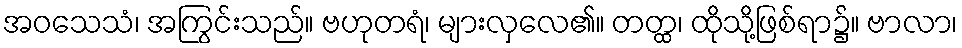
အဝသေသံ၊ အကြွင်းသည်။ ဗဟုတရံ၊ များလှလေ၏။ တတ္ထ၊ ထိုသို့ဖြစ်ရာ၌။ ဗာလာ၊